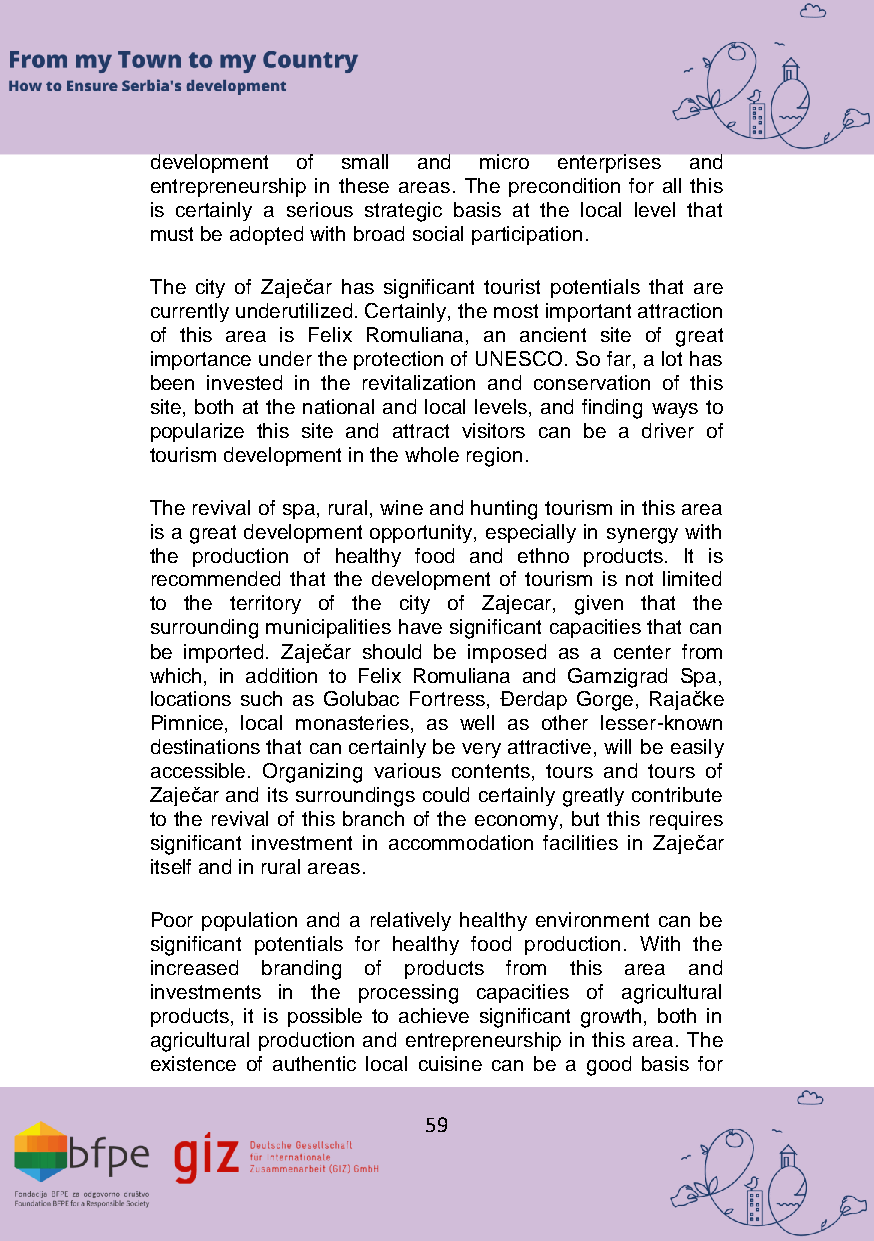
development of small and micro enterprises and
 entrepreneurship in these areas. The precondition for all this
 is certainly a serious strategic basis at the local level that
 must be adopted with broad social participation.
 The city of Zaječar has significant tourist potentials that are
 currently underutilized. Certainly, the most important attraction
 of this area is Felix Romuliana, an ancient site of great
 importance under the protection of UNESCO. So far, a lot has
 been invested in the revitalization and conservation of this
 site, both at the national and local levels, and finding ways to
 popularize this site and attract visitors can be a driver of
 tourism development in the whole region.
 The revival of spa, rural, wine and hunting tourism in this area
 is a great development opportunity, especially in synergy with
 the production of healthy food and ethno products. It is
 recommended that the development of tourism is not limited
 to the territory of the city of Zajecar, given that the
 surrounding municipalities have significant capacities that can
 be imported. Zaječar should be imposed as a center from
 which, in addition to Felix Romuliana and Gamzigrad Spa,
 locations such as Golubac Fortress, Đerdap Gorge, Rajačke
 Pimnice, local monasteries, as well as other lesser-known
 destinations that can certainly be very attractive, will be easily
 accessible. Organizing various contents, tours and tours of
 Zaječar and its surroundings could certainly greatly contribute
 to the revival of this branch of the economy, but this requires
 significant investment in accommodation facilities in Zaječar
 itself and in rural areas.
 Poor population and a relatively healthy environment can be
 significant potentials for healthy food production. With the
 increased branding of products from this area and
 investments in the processing capacities of agricultural
 products, it is possible to achieve significant growth, both in
 agricultural production and entrepreneurship in this area. The
 existence of authentic local cuisine can be a good basis for
 59